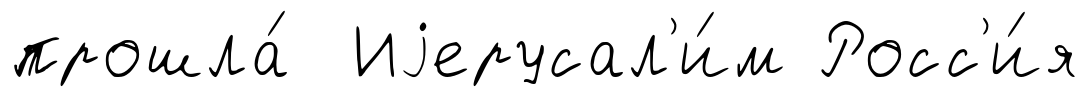
прошла́ Иjерусал'и́м Росс'и́я